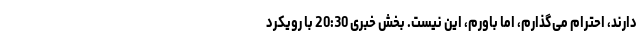
دارند، احترام می‌گذارم، اما باورم، این نیست. بخش خبری 20:30 با رویکرد